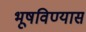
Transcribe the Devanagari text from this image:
भूषविण्यास